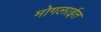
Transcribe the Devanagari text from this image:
मोगलाईत